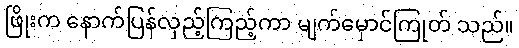
ဖြိုးက နောက်ပြန်လှည့်ကြည့်ကာ မျက်မှောင်ကြုတ် သည်။